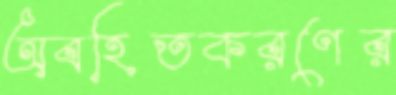
অবহিতকরণের